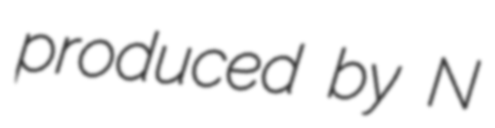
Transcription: produced by N